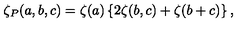
\zeta _ { P } ( a , b , c ) = \zeta ( a ) \left\{ 2 \zeta ( b , c ) + \zeta ( b + c ) \right\} ,